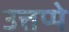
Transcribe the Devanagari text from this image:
उत्तप्पे